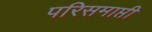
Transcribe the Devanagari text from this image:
परिसमाप्ती